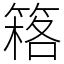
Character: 䈷